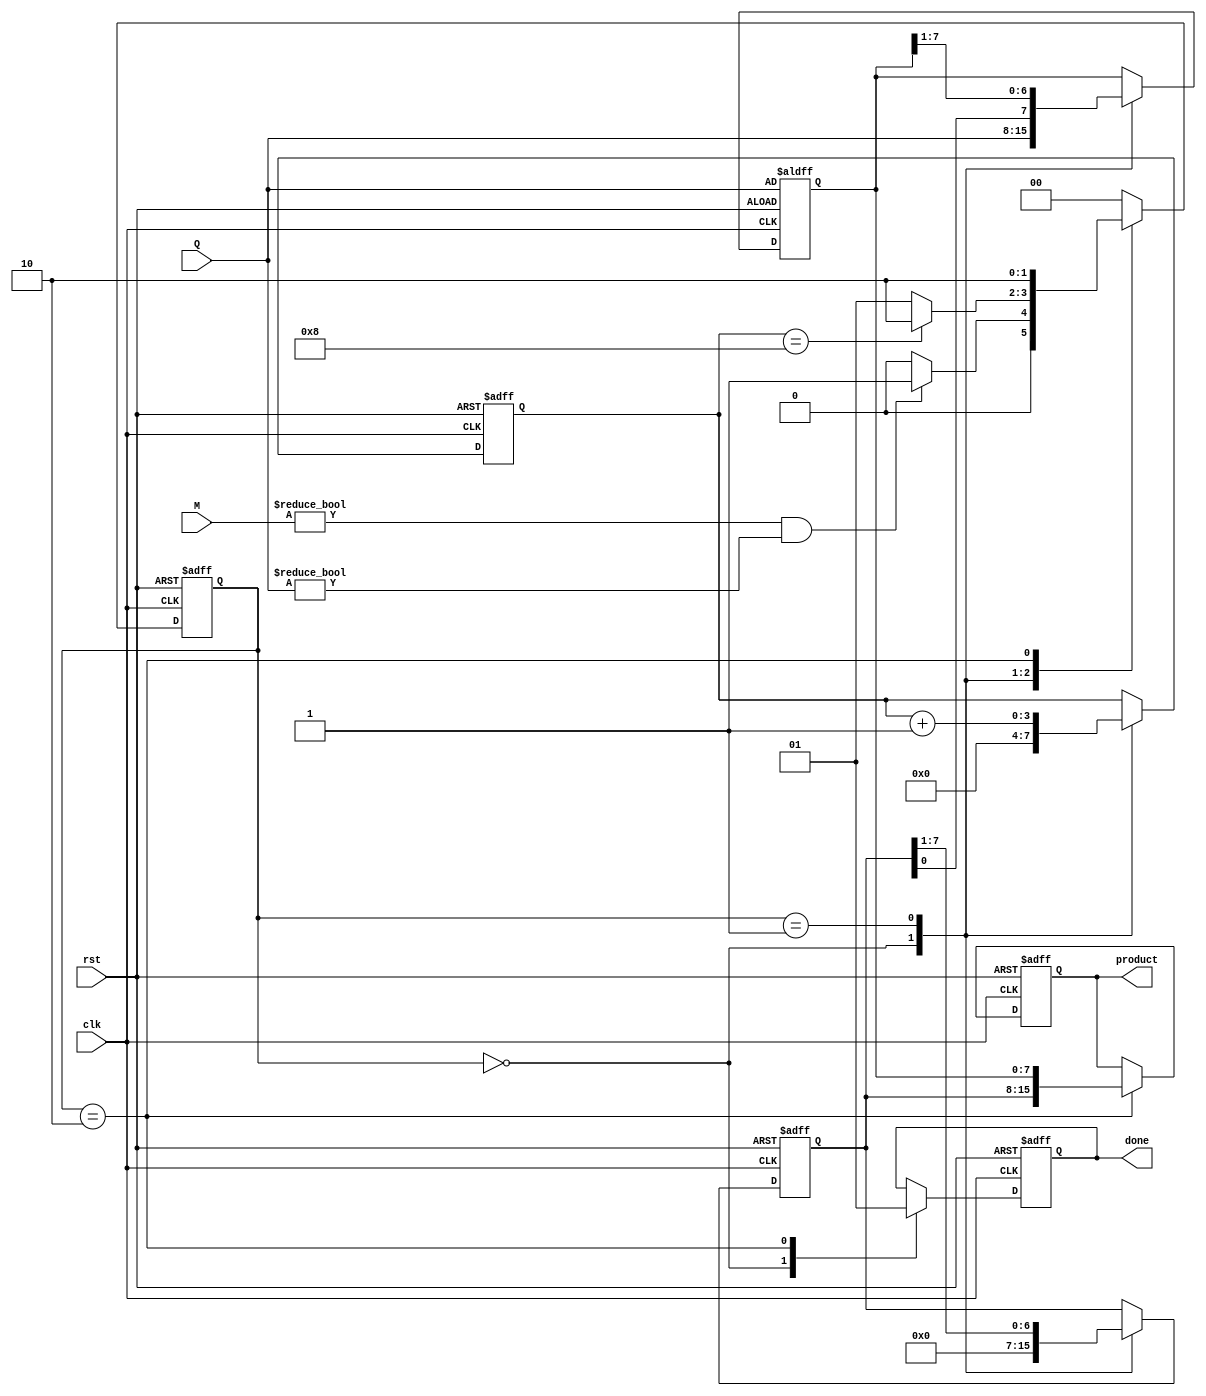
module booth_multiplier #(
    parameter WIDTH = 8 // Bit-width for the multiplicand and multiplier
)(
    input wire clk,
    input wire rst,
    input wire [WIDTH-1:0] M, // Multiplicand
    input wire [WIDTH-1:0] Q, // Multiplier
    output reg [2*WIDTH-1:0] product, // Final product
    output reg done // Signal to indicate completion
);

    reg [WIDTH-1:0] A; // Accumulator
    reg [WIDTH-1:0] Q_reg; // Multiplier register
    reg Q_1; // Previous bit of Q
    reg [3:0] count; // Iteration counter

    // State machine states
    localparam IDLE = 2'b00, RUN = 2'b01, DONE = 2'b10;
    reg [1:0] state, next_state;

    // State transition
    always @(posedge clk or posedge rst) begin
        if (rst) begin
            state <= IDLE;
        end else begin
            state <= next_state;
        end
    end

    // Next state logic
    always @(*) begin
        case(state)
            IDLE: begin
                if (M != 0 && Q != 0) begin
                    next_state = RUN;
                end else begin
                    next_state = IDLE;
                end
            end
            RUN: begin
                if (count == WIDTH) begin
                    next_state = DONE;
                end else begin
                    next_state = RUN;
                end
            end
            DONE: begin
                next_state = DONE; // Stay in DONE state
            end
            default: next_state = IDLE;
        endcase
    end

    // Control logic for Booth's algorithm
    always @(posedge clk or posedge rst) begin
        if (rst) begin
            A <= 0;
            Q_reg <= Q;
            Q_1 <= 0;
            count <= 0;
            product <= 0;
            done <= 0;
        end else begin
            case(state)
                IDLE: begin
                    // Initialize registers
                    A <= 0;
                    Q_reg <= Q;
                    Q_1 <= 0;
                    count <= 0;
                    done <= 0;
                end
                RUN: begin
                    // Booth's algorithm operations
                    case({Q_reg[0], Q_1}) // Check Q0 and Q-1
                        2'b00: begin
                            // No operation
                        end
                        2'b01: begin
                            // A = A + M
                            A <= A + M;
                        end
                        2'b10: begin
                            // A = A - M
                            A <= A - M;
                        end
                        2'b11: begin
                            // No operation
                        end
                    endcase

                    // Shift A and Q
                    {A, Q_reg} <= {A, Q_reg} >> 1; // Arithmetic right shift

                    // Update Q-1
                    Q_1 <= Q_reg[0];
                    count <= count + 1;
                end
                DONE: begin
                    // Output the product
                    product <= {A, Q_reg};
                    done <= 1; // Indicate multiplication is done
                end
            endcase
        end
    end

endmodule